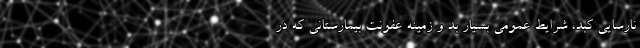
نارسایی کبد، شرایط عمومی بسیار بد و زمینه عفونت بیمارستانی که در